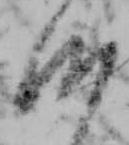
候